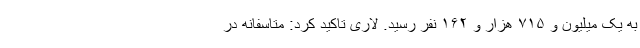
به یک میلیون و ۷۱۵ هزار و ۱۶۲ نفر رسید. لاری تاکید کرد: متاسفانه در